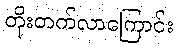
တိုးတက်လာကြောင်း